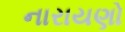
નારાયણો